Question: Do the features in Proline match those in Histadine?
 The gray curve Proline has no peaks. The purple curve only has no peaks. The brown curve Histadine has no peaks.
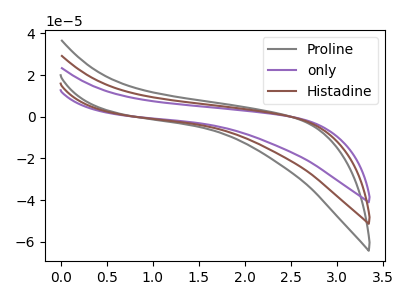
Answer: <think>Neither "Proline" or "Histadine" have any peaks.
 </think>
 <answer>"Proline" and "Histadine" are similar in shape.</answer>
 <eval>same_shape</eval>